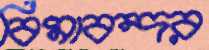
বিমাবন্দর